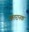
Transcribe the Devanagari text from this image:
खतरानक